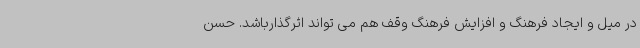
در میل و ایجاد فرهنگ و افزایش فرهنگ وقف هم می تواند اثرگذارباشد. حسن